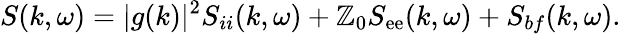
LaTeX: S(k,\omega)=|g(k)|^{2}S_{ii}(k,\omega)+\mathbb{Z}_{0}S_{\mathrm{e}\mathrm{e}}(k,\omega)+S_{bf}(k,\omega).